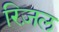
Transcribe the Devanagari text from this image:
रिज़ल